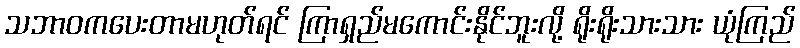
သဘာဝကပေးတာမဟုတ်ရင် ကြာရှည်မကောင်းနိုင်ဘူးလို့ ရိုးရိုးသားသား ယုံကြည်